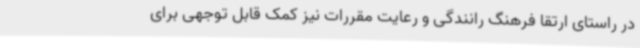
در راستای ارتقا فرهنگ رانندگی و رعایت مقررات نیز کمک قابل توجهی برای